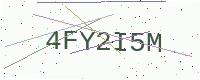
Text: 4FY2I5M